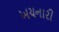
ખચનારી